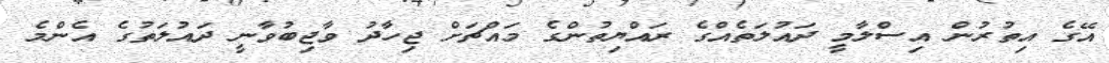
އޭގެ އިތުރުން އިސްލާމީ ދައުލަތެއްގެ ރައްޔިތުންގެ މައްޗަށް ޖިހާދު ވާޖިބުވާނީ ދައުލަތުގެ އެންމެ